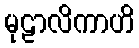
မုဠာလိကာဟိ